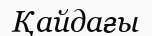
Қайдағы